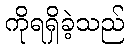
ကိုရရှိခဲ့သည်